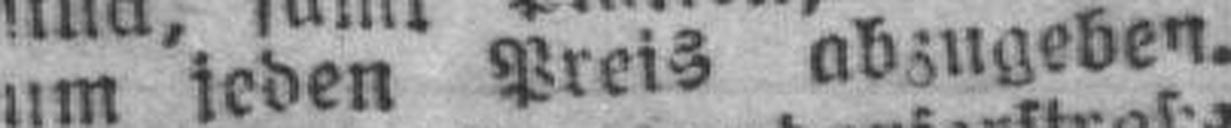
um jeden Preis abzugeben.